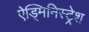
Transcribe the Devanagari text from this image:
ऐड्मिनिस्ट्रेश